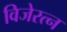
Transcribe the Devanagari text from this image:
विजेरत्न